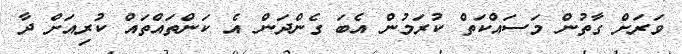
ވަރަށް ގާތުން މަސައްކަތް ކުރަމުން އެބަަ ގެންދަން އެ ކަންތައްތައް ކުރިއަށް ދާ